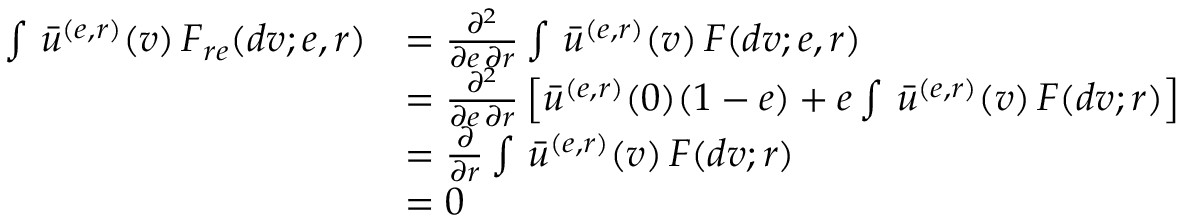
\begin{array} { r l } { \int \, \bar { u } ^ { ( e , r ) } ( v ) \, F _ { r e } ( d v ; e , r ) } & { = \frac { \partial ^ { 2 } } { \partial e \, \partial r } \int \, \bar { u } ^ { ( e , r ) } ( v ) \, F ( d v ; e , r ) } \\ & { = \frac { \partial ^ { 2 } } { \partial e \, \partial r } \left[ \bar { u } ^ { ( e , r ) } ( 0 ) ( 1 - e ) + e \int \, \bar { u } ^ { ( e , r ) } ( v ) \, F ( d v ; r ) \right] } \\ & { = \frac { \partial } { \partial r } \int \, \bar { u } ^ { ( e , r ) } ( v ) \, F ( d v ; r ) } \\ & { = 0 } \end{array}